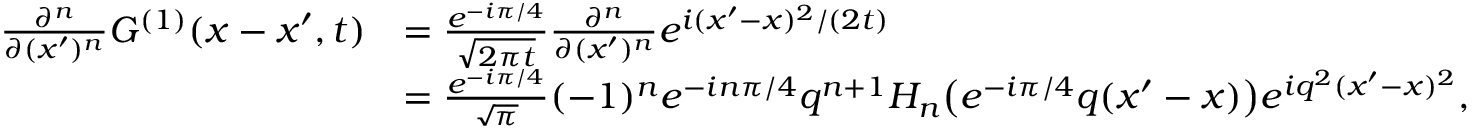
\begin{array} { r l } { \frac { \partial ^ { n } } { \partial ( x ^ { \prime } ) ^ { n } } G ^ { ( 1 ) } ( x - x ^ { \prime } , t ) } & { = \frac { e ^ { - i \pi / 4 } } { \sqrt { 2 \pi t } } \frac { \partial ^ { n } } { \partial ( x ^ { \prime } ) ^ { n } } e ^ { i ( x ^ { \prime } - x ) ^ { 2 } / ( 2 t ) } } \\ & { = \frac { e ^ { - i \pi / 4 } } { \sqrt { \pi } } ( - 1 ) ^ { n } e ^ { - i n \pi / 4 } q ^ { n + 1 } H _ { n } \big ( e ^ { - i \pi / 4 } q ( x ^ { \prime } - x ) \big ) e ^ { i q ^ { 2 } ( x ^ { \prime } - x ) ^ { 2 } } , } \end{array}